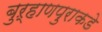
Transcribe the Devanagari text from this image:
बुऱ्हाणपुराकडे